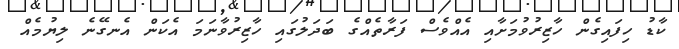
ކާޑު ހިފައިގެން ހާޒިރުވުމަށާއި އެއްވެސް ފަރާތެއްގެ ބަދަލުގައި ހާޒިރުވާނަމަ އެކަން އެނގޭނެ ލިޔުމެއް